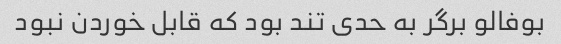
بوفالو برگر به حدی تند بود که قابل خوردن نبود ‌